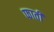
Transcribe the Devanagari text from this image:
फाती